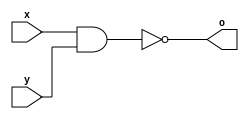
module nand_1b(x, y, o);

    output o;
    input x;
    input y;
  
    assign o = !(x & y);
  
endmodule